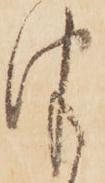
津